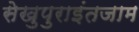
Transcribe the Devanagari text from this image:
सेखुपुराइंतजाम